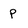
Character: P